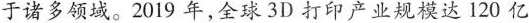
于诸多领域。2019 年，全球3D 打印立业规模达 120 亿